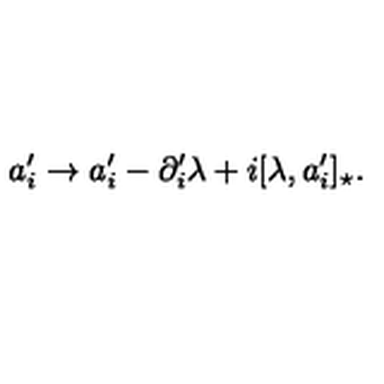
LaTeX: a _ { i } ^ { \prime } \rightarrow a _ { i } ^ { \prime } - \partial _ { i } ^ { \prime } \lambda + i [ \lambda , a _ { i } ^ { \prime } ] _ { \star } .